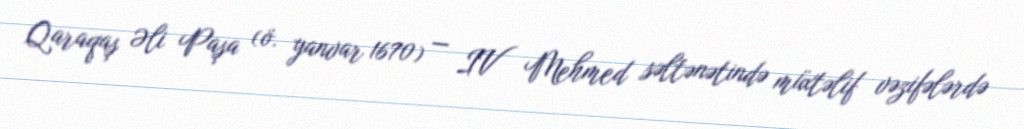
Qaraqaş Əli Paşa (ö. yanvar 1670) — IV Mehmed səltənətində müxtəlif vəzifələrdə